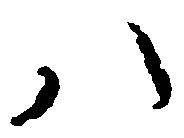
八